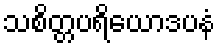
သစိတ္တပရိယောဒပနံ